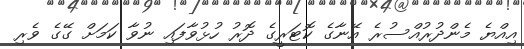
އިއްޔެ މެންދުރުއްސުރެ އޭނާގެ ކޮޓަރީގެ ދޮރު ހުޅުވާފައި ނުވާ ކަމަށް ގޭގެ ވެރި